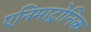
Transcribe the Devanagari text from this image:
एनिमाट्रोनिक